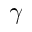
\gamma